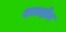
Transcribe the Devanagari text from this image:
शाल्होब